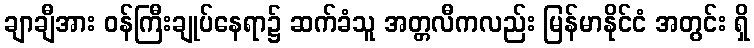
ချာချီအား ဝန်ကြီးချုပ်နေရာ၌ ဆက်ခံသူ အတ္တလီကလည်း မြန်မာနိုင်ငံ အတွင်း ရှိ